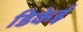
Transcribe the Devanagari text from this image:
डिकेई